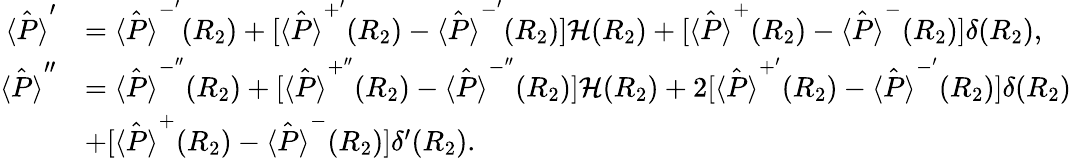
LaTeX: \begin{array}{rl}{\hat{\langle P\rangle}^{\prime}}&{=\hat{\langle P\rangle}^{-^{\prime}}(R_{2})+[\hat{\langle P\rangle}^{+^{\prime}}(R_{2})-\hat{\langle P\rangle}^{-^{\prime}}(R_{2})]\mathcal{H}(R_{2})+[\hat{\langle P\rangle}^{+}(R_{2})-\hat{\langle P\rangle}^{-}(R_{2})]\delta(R_{2}),}\\ {\hat{\langle P\rangle}^{\prime\prime}}&{=\hat{\langle P\rangle}^{-^{\prime\prime}}(R_{2})+[\hat{\langle P\rangle}^{+^{\prime\prime}}(R_{2})-\hat{\langle P\rangle}^{-^{\prime\prime}}(R_{2})]\mathcal{H}(R_{2})+2[\hat{\langle P\rangle}^{+^{\prime}}(R_{2})-\hat{\langle P\rangle}^{-^{\prime}}(R_{2})]\delta(R_{2})}\\ &{+[\hat{\langle P\rangle}^{+}(R_{2})-\hat{\langle P\rangle}^{-}(R_{2})]\delta^{\prime}(R_{2}).}\end{array}